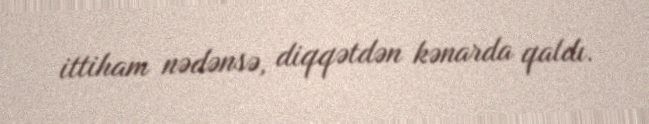
ittiham nədənsə, diqqətdən kənarda qaldı.